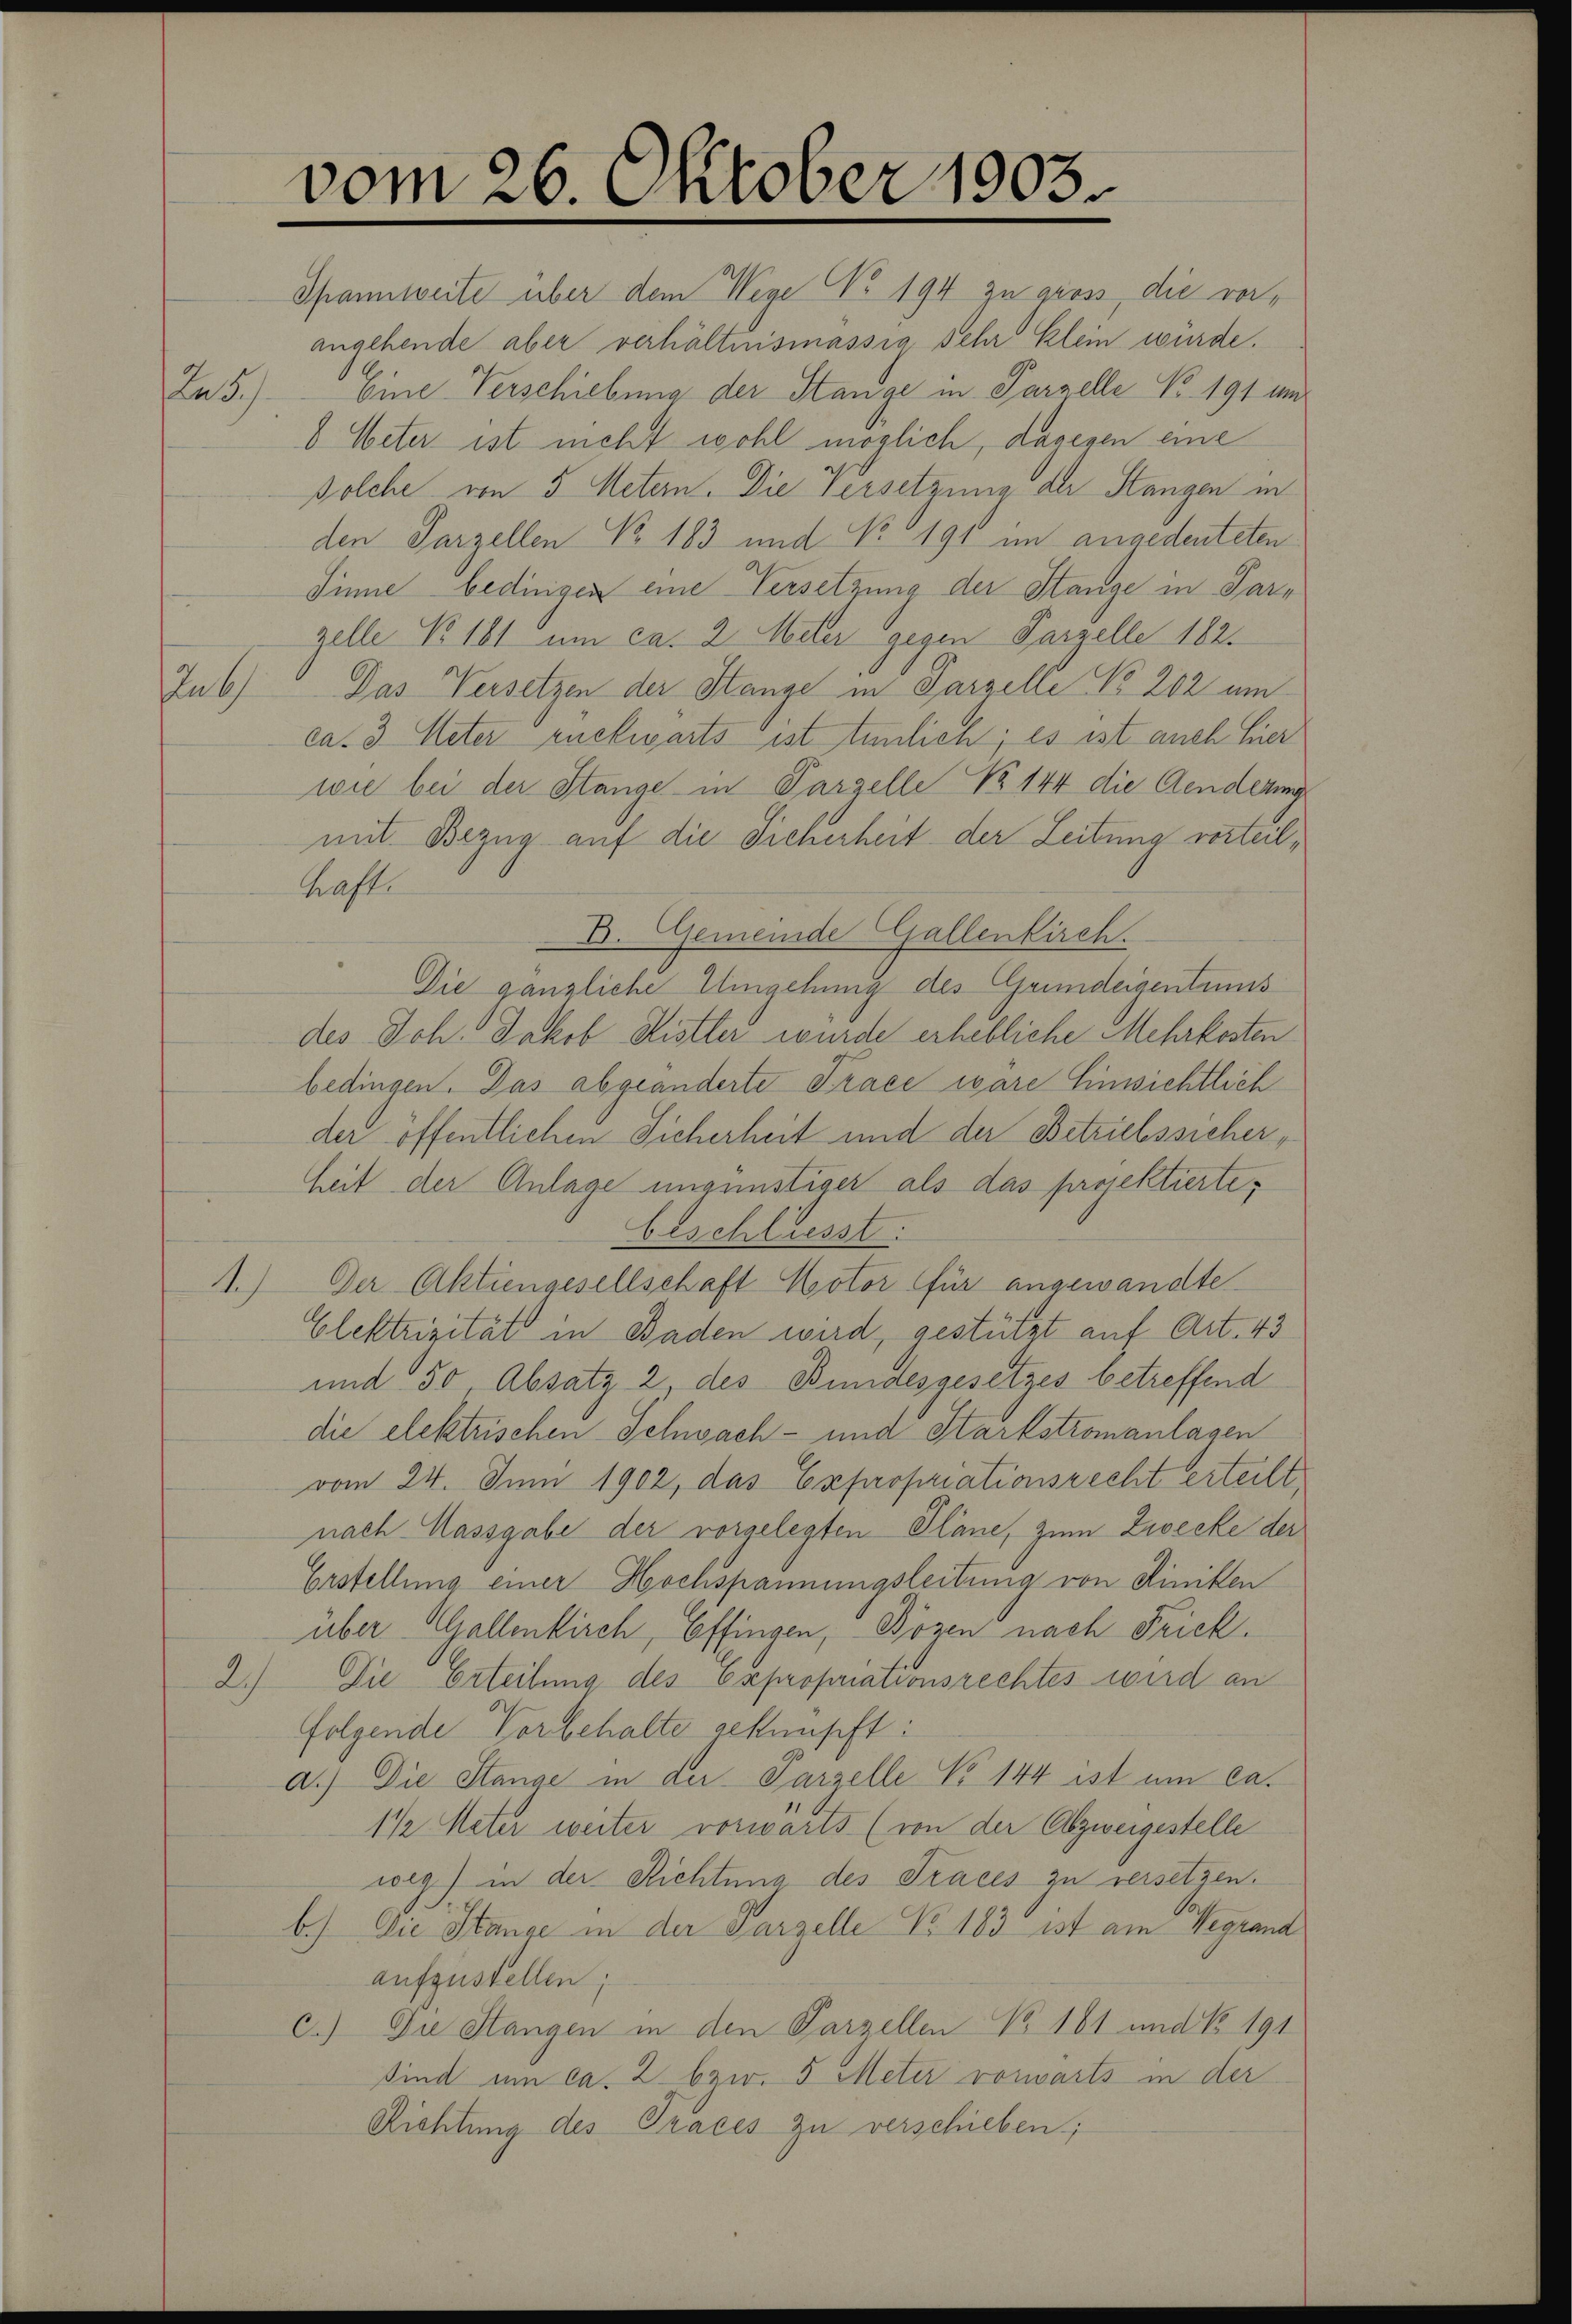
5

Spannweite über dem Wege No 194 zu gross, die vorangehende aber verhältnismässig sehr klein würde.
Eine Verschiebung der Stange in Parzelle No. 191 und
b Veter ist nicht wohl möglich, dagegen eine
Solche von 5 Metern. Die Versetzung der Stangen in
den Parzellen No 183 und No 191 im angedeuteten
Sinne bedingen eine Versetzung der Stange in Parzelle No 161 um ca. 2 Meter gegen Parzelle 182.
Das Versetzen der Stange in Parzelle No 202 um
ca. 3 Meter rückwärts ist tunlich; es ist auch hier
wie bei der Stange in Parzelle No 144 die Aenderung
mit Bezug auf die Sicherheit der Leitung vorteilhafte
D. Gemeinde Gallenkirch.
Die gänzliche Umgehung des Grundeigentums
des Joh. Jakob Distler wurde erhebliche Mehrkosten
bedingen. Das abgeänderte Trace wäre Einsichtlich
der öffentlichen Sicherheit und der Betriebssicher,
heit der Anlage ungünstiger als das projektierte,
beschliesst.
A.) Der Aktiengesellschaft Motor für angewandte
Elektrizität in Baden wird, gestützt auf Art. 43
und 50, Absatz 2, des Bundesgesetzes betreffend
die elektrischen Schwach- und Startstromanlagen
vom 24. Juni 1902, das Expropriationsrecht erteilt
nach Massgabe der vorgelegten Plane, zum Zwecke der
Erstellung einer Hochspannungsleitung von Riniken
über Gallenkirch, Effingen, Bözen nach Frick.
2.) Die Erteilung des Expropriationsrechtes wird an
folgende Vorbehalte geknüpft:
a.) Die Stange in der Parzelle No 144 ist um ca.
1 ½ Meter weiter vorwärts (von der Abzweigestelle
weg) in der Richtung des Traces zu versetzen.
b.) Die Stange in der Parzelle No. 183 ist am Wegrand
aufzustellen;
c.) Die Stangen in den Parzellen No 161 und No. 191
sind um ca. 2 bzw. 5 Meter vorwarts in der
Richtung des Tracés zu verschieben;

pub

vom 26. Oktober 1903.